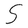
Character: S